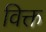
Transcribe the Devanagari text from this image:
विक्त